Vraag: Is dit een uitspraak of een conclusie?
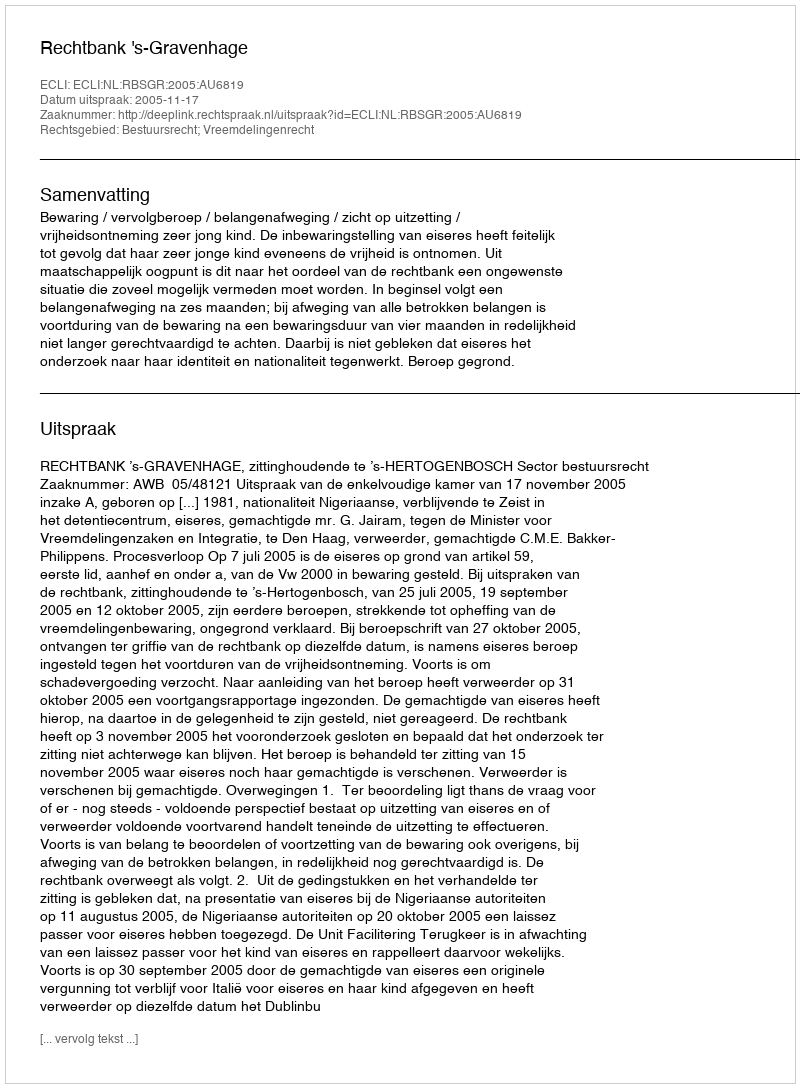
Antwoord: Uitspraak